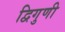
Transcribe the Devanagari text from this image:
द्विगुणी